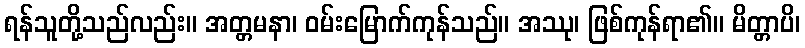
ရန်သူတို့သည်လည်း။ အတ္တမနာ၊ ဝမ်းမြောက်ကုန်သည်။ အဿု၊ ဖြစ်ကုန်ရာ၏။ မိတ္တာပိ၊